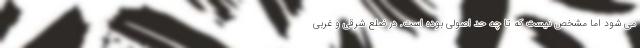
می شود اما مشخص نیست که تا چه حد اصولی بوده است. در ضلع شرقی و غربی